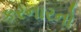
કરનારનો